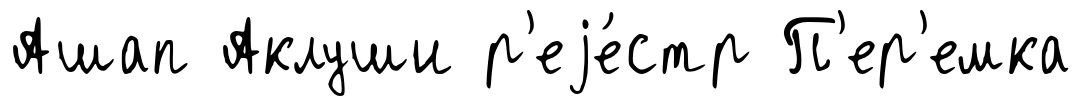
Ашап Аклуши р'еjе́стр П'ер'емка